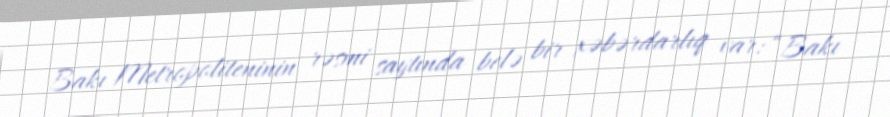
Bakı Metropoliteninin rəsmi saytında belə bir xəbərdarlıq var: “Bakı